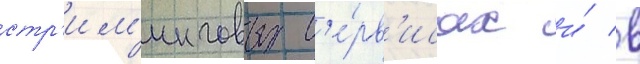
стр'им'инговых с'е́рв'исах и́ в